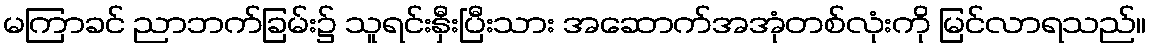
မကြာခင် ညာဘက်ခြမ်း၌ သူရင်းနှီးပြီးသား အဆောက်အအုံတစ်လုံးကို မြင်လာရသည်။